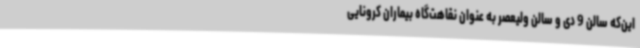
این‌که سالن 9 دی و سالن ولیعصر به عنوان نقاهت‌گاه بیماران کرونایی